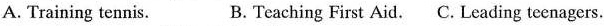
A. Training tennis. B.Teaching First Aid. C. Leading teenagers.